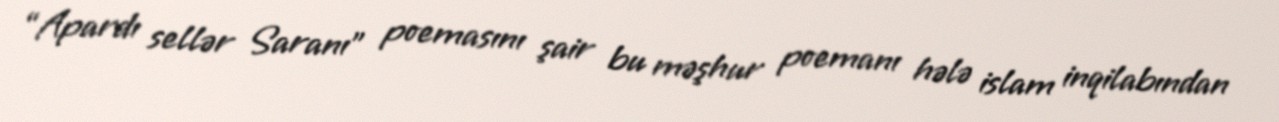
“Apardı sellər Saranı” poemasını şair bu məşhur poemanı hələ islam inqilabından